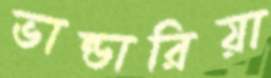
ভান্ডারিয়া